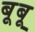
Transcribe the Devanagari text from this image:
बूबू